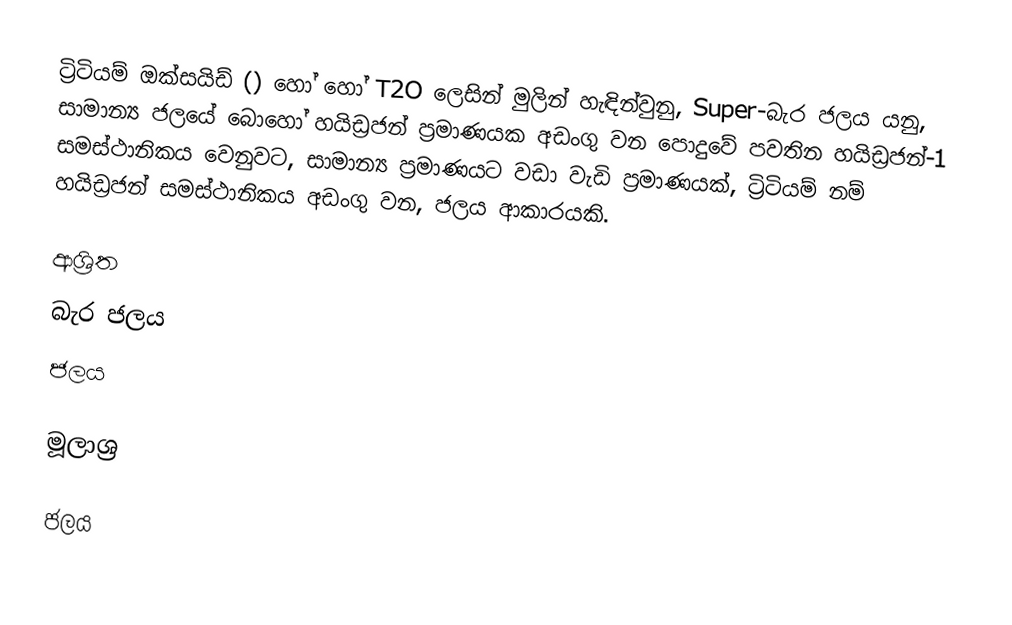
ට්‍රිටියම් ඔක්සයිඩ් () හෝ   හෝ  T2O ලෙසින් මුලින් හැඳින්වුනු,  Super-බැර ජලය යනු, සාමාන්‍ය ජලයේ බොහෝ හයිඩ්‍රජන් ප්‍රමාණයක අඩංගු වන පොදුවේ පවතින හයිඩ්‍රජන්-1 සමස්ථානිකය වෙනුවට, සාමාන්‍ය ප්‍රමාණයට වඩා වැඩි ප්‍රමාණයක්, ට්‍රිටියම් නම් හයිඩ්‍රජන් සමස්ථානිකය අඩංගු වන, ජලය ආකාරයකි.

ආශ්‍රිත
 බැර ජලය
 ජලය

මූලාශ්‍ර

ජලය